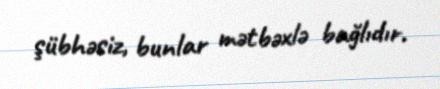
şübhəsiz, bunlar mətbəxlə bağlıdır.